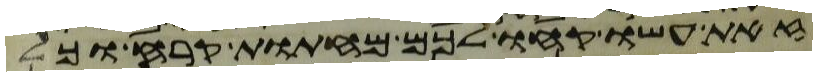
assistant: זאת עשו קחו לכם מחתות קרח וכל